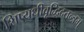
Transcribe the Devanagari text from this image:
शिष्यधीवृद्धिदतन्त्रम्